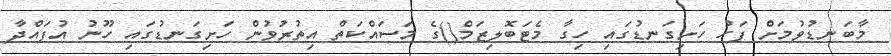
މާބަނޑުވުމަށް ފަހު ހަށިގަނޑުގައި ހިގާ މެޓަބޮލިޒަމް()ގެ މަސައްކަތް އިތުރުވުން ހަށިގަނޑުގައި ހޫނު އުފައްދާ